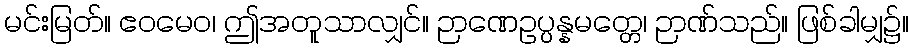
မင်းမြတ်။ ဧဝမေဝ၊ ဤအတူသာလျှင်။ ဉာဏေဥပ္ပန္နမတ္တေ၊ ဉာဏ်သည်။ ဖြစ်ခါမျှ၌။